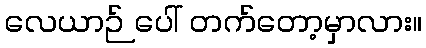
လေယာဉ် ပေါ် တက်တော့မှာလား။